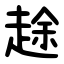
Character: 䞮